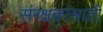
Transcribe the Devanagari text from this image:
संरक्षकांसाठी